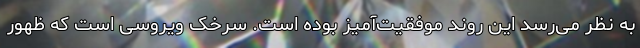
به نظر می‌رسد این روند موفقیت‌آمیز بوده است. سرخک ویروسی است که ظهور